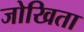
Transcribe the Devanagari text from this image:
जोखिता